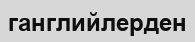
ганглийлерден